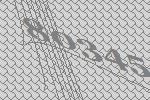
80345